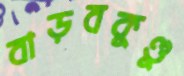
বাড়বকুণ্ডু